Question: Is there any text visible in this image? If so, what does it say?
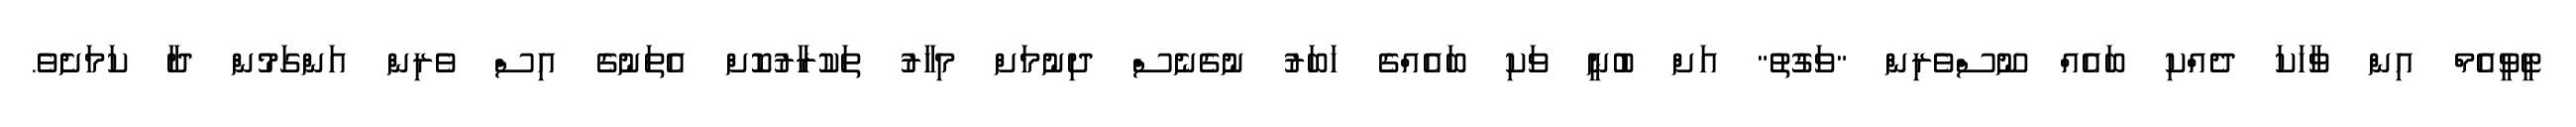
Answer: ޓީވީއެމް އިން ވާހަކަ ދެއްކި ބައެއް ނޫސްވެރިން "ވަގުތު" އަށް ބުނީ ވަކި ބައެއްގެ ހަބަރު ނުގެނެސް ދިނުމަށް މިހާރު ތަކުރާރުކޮށް އެތަނުގެ އިސް ވެރިން އަންގަމުން ދާ ކަމަށެވެ.